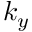
k _ { y }